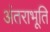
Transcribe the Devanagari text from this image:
अंतराभूति